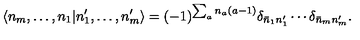
\langle n _ { m } , \ldots , n _ { 1 } | n _ { 1 } ^ { \prime } , \ldots , n _ { m } ^ { \prime } \rangle = ( - 1 ) ^ { \sum _ { a } n _ { a } ( a - 1 ) } \delta _ { \bar { n } _ { 1 } n _ { 1 } ^ { \prime } } \cdots \delta _ { \bar { n } _ { m } n _ { m } ^ { \prime } } .